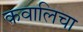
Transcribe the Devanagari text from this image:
कवालिचा